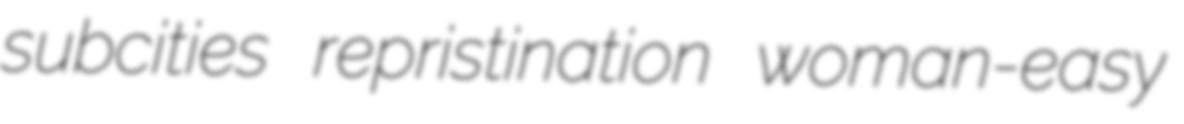
subcities repristination woman-easy